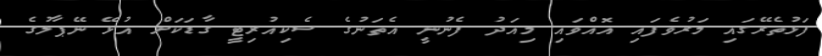
ފަޅުތެރޭގައި މަރުވެފައި އޮއްވައި މިއަދު ފެނުނީ އެތަނުގެ ސެކިއުރިޓީ ގާޑަކަށް އުޅޭ ނޭޕާލުގެ